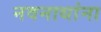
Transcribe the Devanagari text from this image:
नवनाथांना